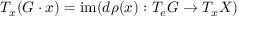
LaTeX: T _ { x } ( G \cdot x ) = \operatorname { i m } ( d \rho ( x ) : T _ { e } G \to T _ { x } X )